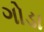
ગોડા